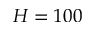
H = 1 0 0